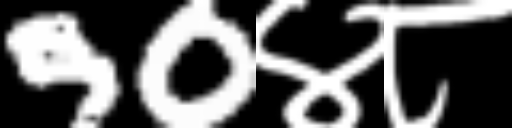
Text: 90४८